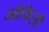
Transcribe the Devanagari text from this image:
ओफिली